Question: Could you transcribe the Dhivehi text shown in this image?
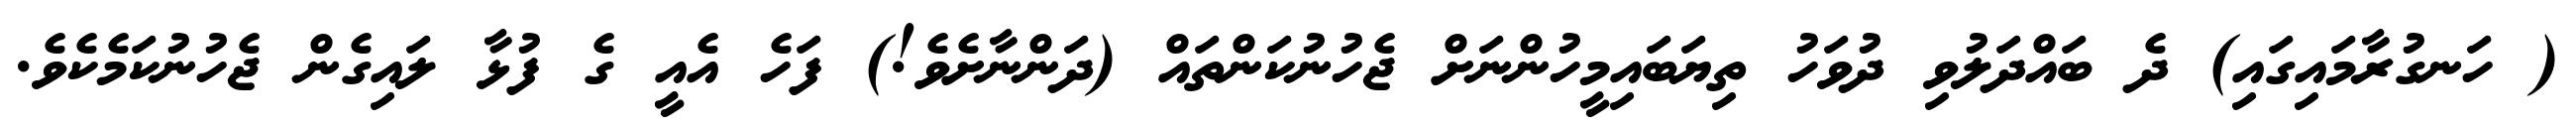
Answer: ( ހަނގުރާމައިގައި) ދެ ބައްދަލުވި ދުވަހު ތިޔަބައިމީހުންނަށް ޖެހުނުކަންތައް (ދަންނާށެވެ!) ފަހެ އެއީ ގެ ފުޅާ ލައިގެން ޖެހުނުކަމެކެވެ.